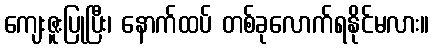
ကျေးဇူးပြုပြီး၊ နောက်ထပ် တစ်ခုလောက်ရနိုင်မလား။